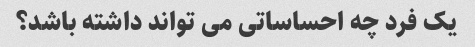
یک فرد چه احساساتی می تواند داشته باشد؟